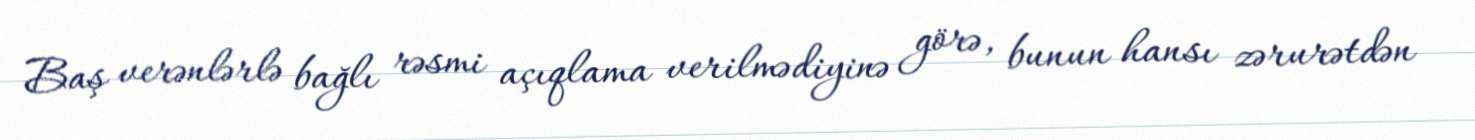
Baş verənlərlə bağlı rəsmi açıqlama verilmədiyinə görə, bunun hansı zərurətdən